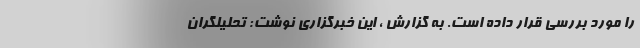
را مورد بررسی قرار داده است. به گزارش ، این خبرگزاری نوشت: تحلیلگران